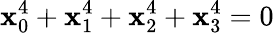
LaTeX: \mathbf{x}_{0}^{4}+\mathbf{x}_{1}^{4}+\mathbf{x}_{2}^{4}+\mathbf{x}_{3}^{4}=0